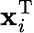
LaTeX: \mathbf{x}_{i}^{\mathrm{{T}}}